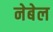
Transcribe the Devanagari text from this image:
नेबेल